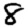
Digit: 8